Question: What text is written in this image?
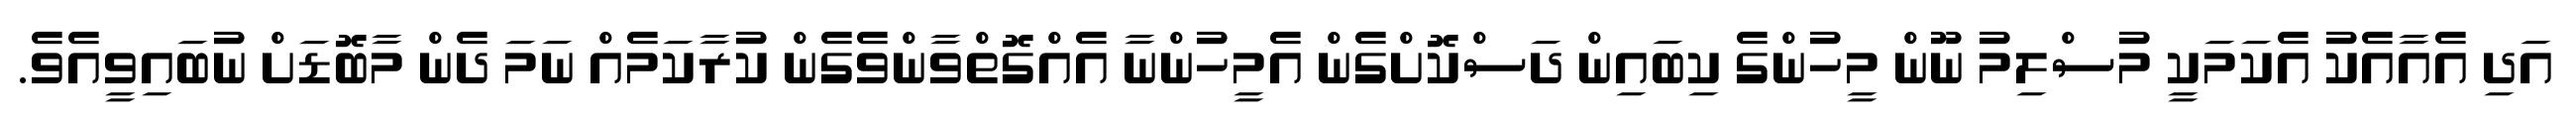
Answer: އަދި އެއާއެކު އެކަމަކީ މުސްލިމު ނޫން މީހުންގެ ކިބައިން ދަސްކޮށްގެން އެމީހުންނާ އެއްގޮތްވާންވެގެން ކުރާކަމެއް ނަމަ ދެން މާބޮޑަށް ނުބައިވީއެވެ.